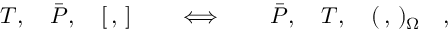
{ \cal T } , \quad \bar { \cal P } , \quad [ \, , \, ] \quad \quad \Longleftrightarrow \quad \quad \bar { \cal P } , \quad { \cal T } , \quad ( \, , \, ) _ { \Omega } \quad ,